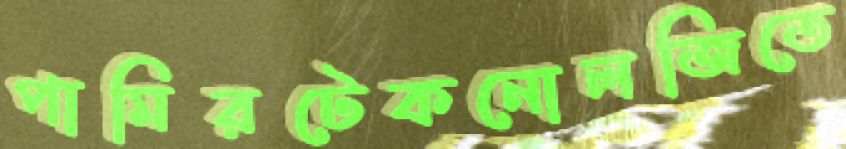
পামিরটেকনোলজিতে